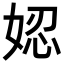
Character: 𡝖